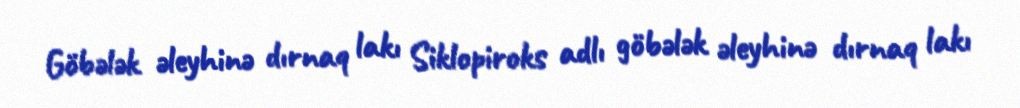
Göbələk əleyhinə dırnaq lakı Siklopiroks adlı göbələk əleyhinə dırnaq lakı